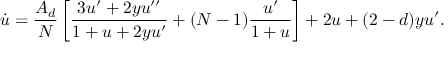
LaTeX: \dot { u } = \frac { A _ { d } } { N } \left[ \frac { 3 u ^ { \prime } + 2 y u ^ { \prime \prime } } { 1 + u + 2 y u ^ { \prime } } + ( N - 1 ) \frac { u ^ { \prime } } { 1 + u } \right] + 2 u + ( 2 - d ) y u ^ { \prime } .